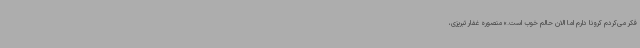
فکر می‌کردم کرونا دارم اما الان حالم خوب است.» منصوره غفار تبریزی،